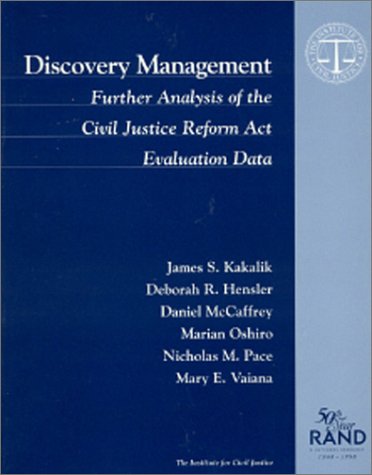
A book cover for Discovery Management: Further Analysis of the Civil Justice Reform Act, Evaluation Data (Rand Corporation//Rand Monograph Report); James Kakalik; Law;